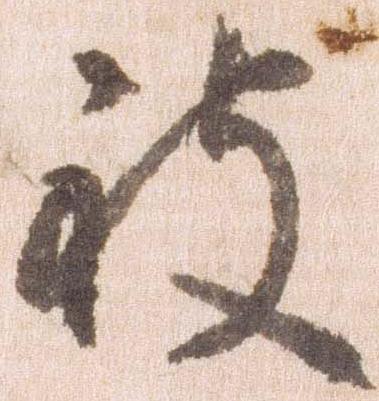
被